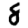
Digit: 8